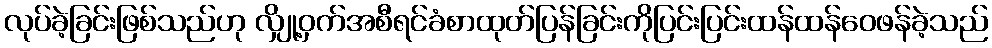
လုပ်ခဲ့ခြင်းဖြစ်သည်ဟု လျှို့ဝှက်အစီရင်ခံစာထုတ်ပြန်ခြင်းကိုပြင်းပြင်းထန်ထန်ဝေဖန်ခဲ့သည်